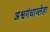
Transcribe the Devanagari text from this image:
अश्वगंधाव्लेहा